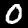
Digit: 0